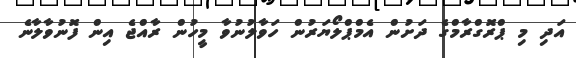
އަދި މި ޕްރޮގްރާމްގެ ދަށުން އެމްޕްލޯޔަރުން ހަވާލުނުވާ މީހުން ރާއްޖެ އިން ފޮނުވާލާނެ